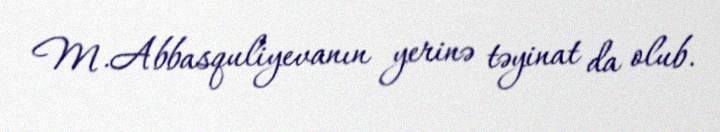
M.Abbasquliyevanın yerinə təyinat da olub.